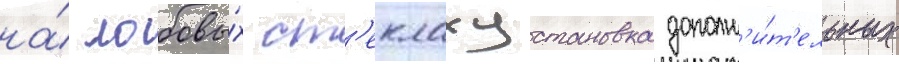
на́ лобовы́х ст'еклахустановка дополн'и́т'ельных